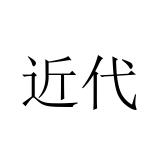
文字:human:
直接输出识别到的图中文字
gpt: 近代